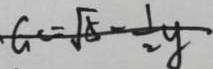
G = \sqrt { 5 } - \frac { 1 } { 2 } y